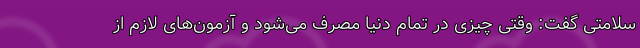
سلامتی گفت: وقتی چیزی در تمام دنیا مصرف می‌شود و آزمون‌های لازم از